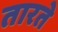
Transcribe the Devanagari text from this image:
तारते